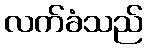
လက်ခံသည်